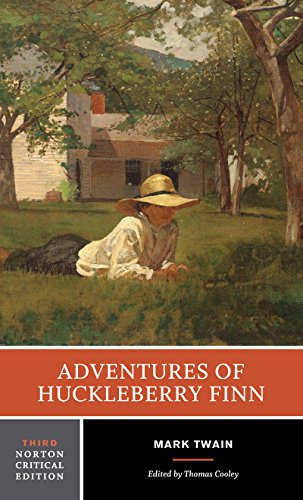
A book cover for Adventures of Huckleberry Finn (Third Edition)  (Norton Critical Editions); Mark Twain; Literature & Fiction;